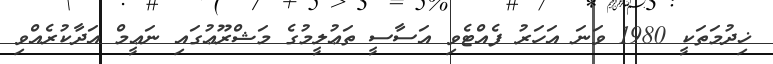
ޚިދުމަތަކީ 1980 ވަނަ އަހަރު ފެއްޓެވި އަސާސީ ތަޢުލީމުގެ މަޝްރޫޢުގައި ނަޢީމް އަދާކުރެއްވި